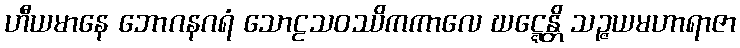
ဟီယမာနေ ဘောဂနဂရံ သောဠသဝဿိကကာလေ ဃဋ္ဋေန္တိ သဉ္ဇယမဟာရာဇာ